Problem: 30 + 27 = ?
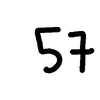
Handwritten answer: 57